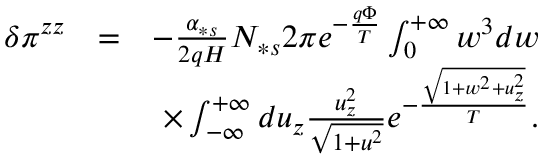
\begin{array} { r l r } { \delta \pi ^ { z z } } & { = } & { - \frac { \alpha _ { \ast s } } { 2 q H } N _ { \ast s } 2 \pi e ^ { - \frac { q \Phi } { T } } \int _ { 0 } ^ { + \infty } w ^ { 3 } d w } \\ & { } & { \times \int _ { - \infty } ^ { + \infty } d u _ { z } \frac { u _ { z } ^ { 2 } } { \sqrt { 1 + u ^ { 2 } } } e ^ { - \frac { \sqrt { 1 + w ^ { 2 } + u _ { z } ^ { 2 } } } { T } } . } \end{array}